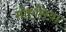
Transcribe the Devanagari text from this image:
मोएसिया